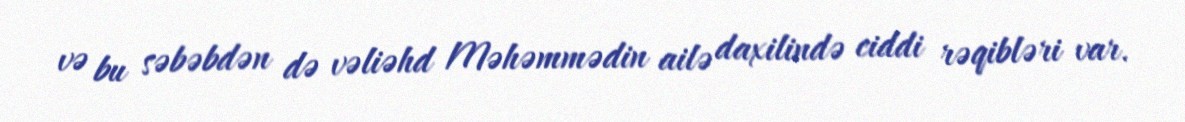
və bu səbəbdən də vəliəhd Məhəmmədin ailə daxilində ciddi rəqibləri var.